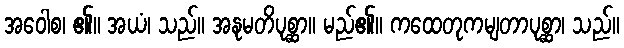
အဝေါစ၊ ၏။ အယံ၊ သည်။ အနုမတိပုစ္ဆာ။ မည်၏။ ကထေတုကမျတာပုစ္ဆာ၊ သည်။